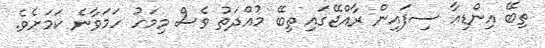
ތިބޭ އިންޑިއާ ސިފައިން ރާއްޖޭގައި ތިބޭ މުއްދަތު ވެސް މިމަހު ހަމަވާނެ ކަމަށެވެ.